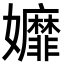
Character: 孊